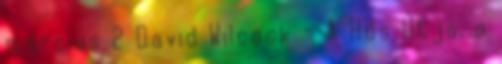
március 2 David Wilcock - A Hős Útja, a